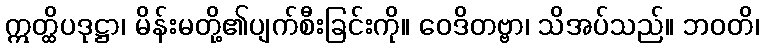
ဣတ္ထိပဒုဋ္ဌာ၊ မိန်းမတို့၏ပျက်စီးခြင်းကို။ ဝေဒိတဗ္ဗာ၊ သိအပ်သည်။ ဘဝတိ၊